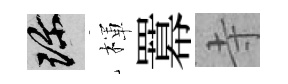
珍楎羃寺